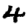
Digit: 4